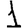
Digit: 1